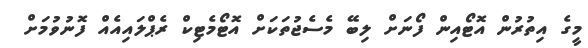
މީގެ އިތުރުން އޮޓޯއިން ފޯނަށް ލިބޭ މެސެޖުތަކަށް އޮޓޯމެޓިކް ރެޕްލައިއެއް ފޮނުވުމަށް